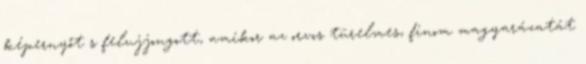
képernyőt s felujjongott, amikor az orvos türelmes, finom magyarázatát